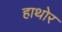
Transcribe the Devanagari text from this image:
हाथोर